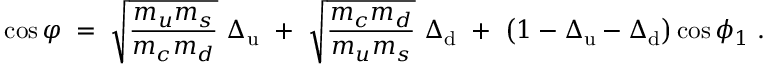
\cos \varphi \; = \; \sqrt { \frac { m _ { u } m _ { s } } { m _ { c } m _ { d } } } ~ \Delta _ { \mathrm { u } } ~ + ~ \sqrt { \frac { m _ { c } m _ { d } } { m _ { u } m _ { s } } } ~ \Delta _ { \mathrm { d } } ~ + ~ \left( 1 - \Delta _ { \mathrm { u } } - \Delta _ { \mathrm { d } } \right) \cos \phi _ { 1 } \; .